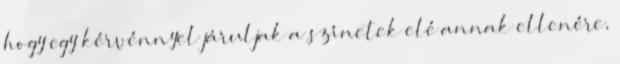
hogy egy kérvénnyel járuljak a színetek elé annak ellenére,